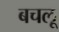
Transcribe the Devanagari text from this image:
बचलू